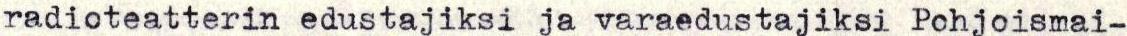
radioteatterin edustajiksi ja varaedustajiksi Pohjoismai-